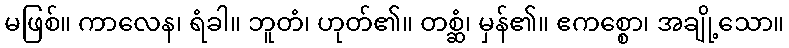
မဖြစ်။ ကာလေန၊ ရံခါ။ ဘူတံ၊ ဟုတ်၏။ တစ္ဆံ၊ မှန်၏။ ဧကစ္စော၊ အချို့သော။